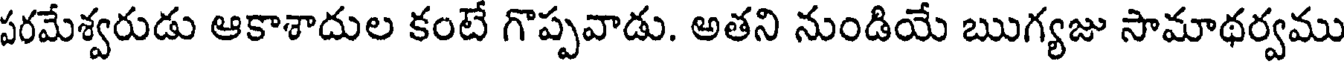
పరమేశ్వరుడు ఆకాశాదుల కంటే గొప్పవాడు. అతని నుండియే ఋగ్యజు సామాథర్వము